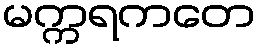
မက္ကရကတေ